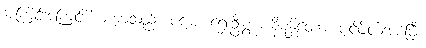
အကြင်အကြင်ဒါယကာသည်။ ပဌမံ၊ ရှေးဦးစွာ။ နိမန္တိတော၊ ပင့်ဖိတ်အပ်ပြီ။